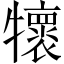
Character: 𤜄